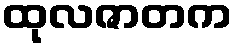
ထုလဇာတက